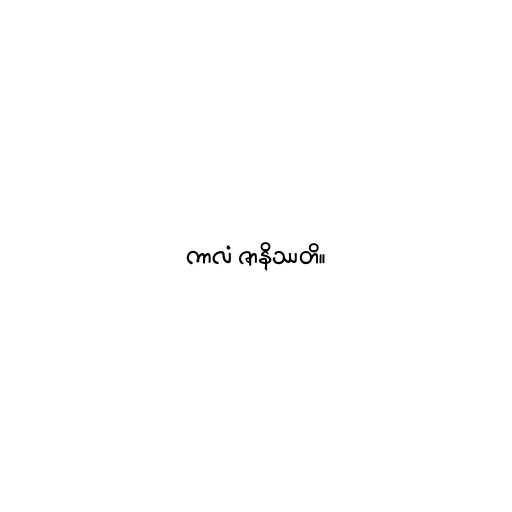
ကာလံ ဇာနိဿတိ။